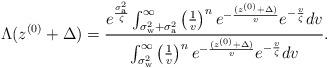
LaTeX: \begin{align*}\Lambda(z^{(0)}+\Delta)&=\frac{e^{\frac{\sigma_{\mathrm{a}}^2}{\zeta}} \int_{\sigma_{\mathrm{w}}^2+\sigma_{\mathrm{a}}^2}^{\infty} \left( \frac{1}{v}\right)^{n} e^{-\frac{(z^{(0)}+\Delta)}{v}} e^{-\frac{v}{\zeta}} dv}{\int_{\sigma_{\mathrm{w}}^2}^{\infty} \left( \frac{1}{v}\right)^{n} e^{-\frac{(z^{(0)}+\Delta)}{v}} e^{-\frac{v}{\zeta}} dv}. \end{align*}